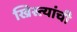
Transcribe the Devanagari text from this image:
ख्रिस्त्यांची